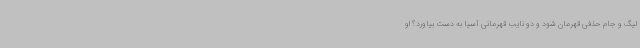
لیگ و جام حذفی قهرمان شود و دو نایب قهرمانی آسیا به دست بیاورد؟ او